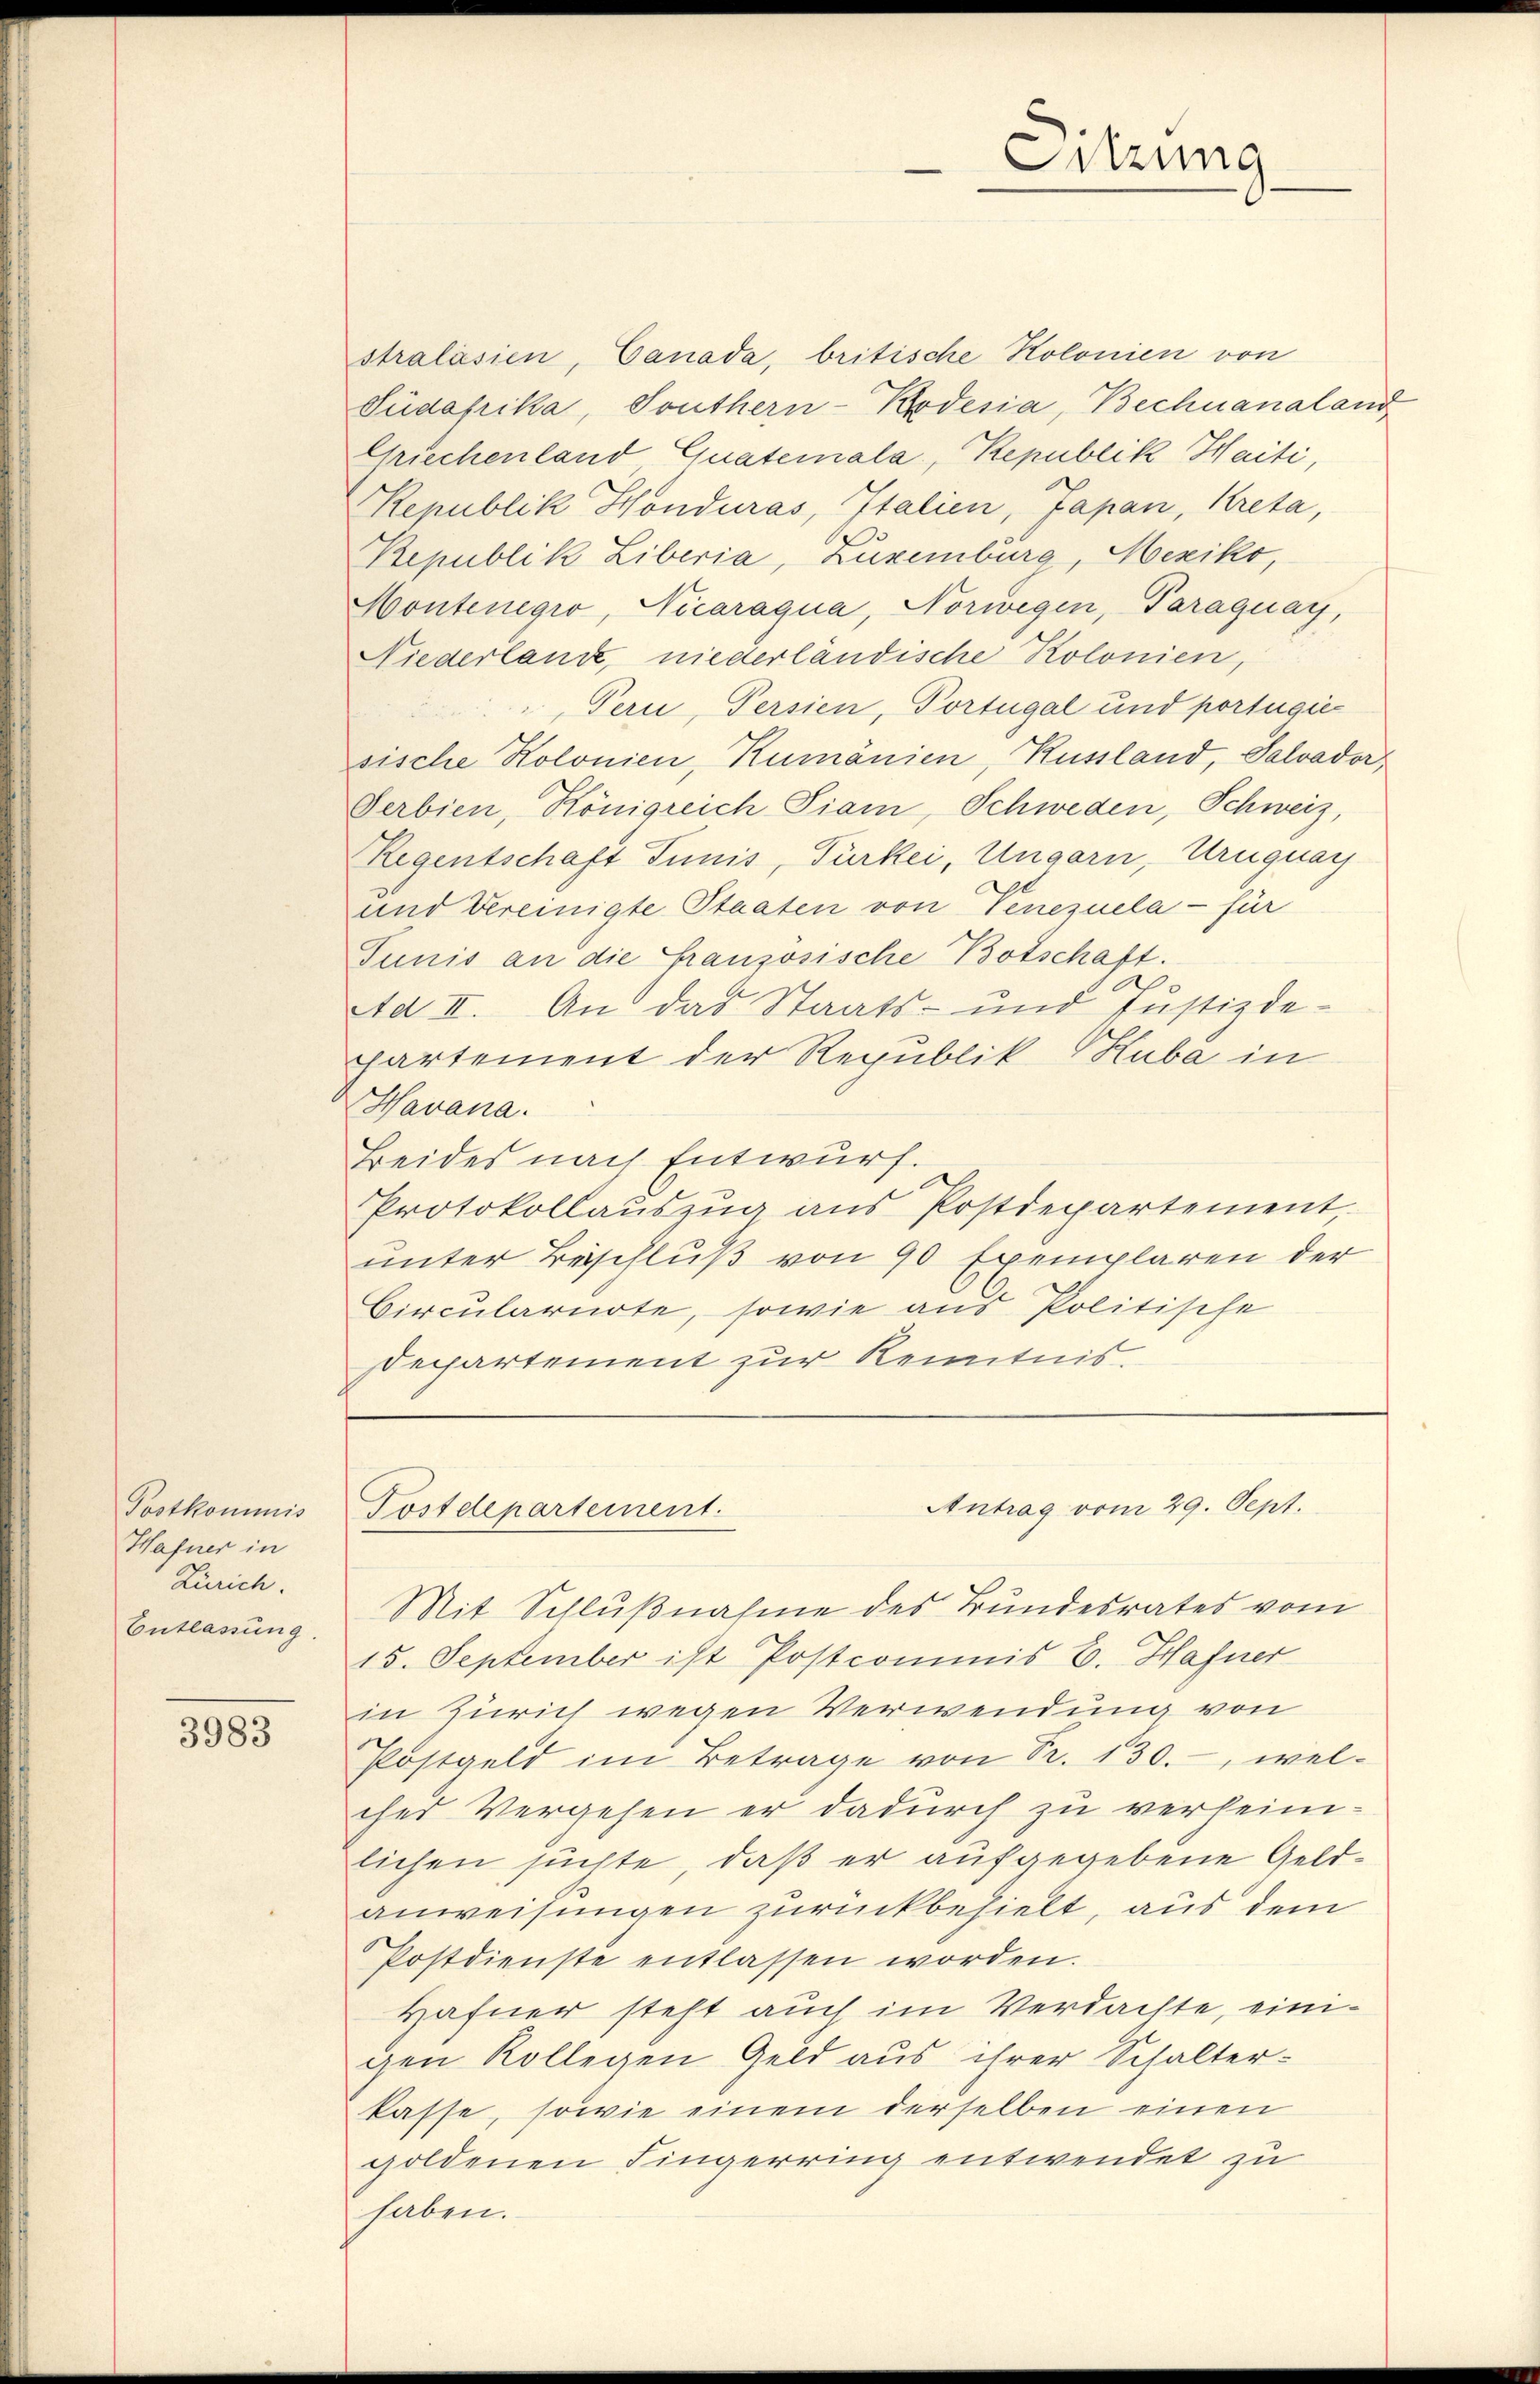
Postkommis
Hafner in
Zürich.
Entlassung.

3983

stralasien, Canada, britische Kolonien von
Südafrika, Southern-Kodesia, Bechnanaland
Griechenland Guatemala, Republik Haiti,
Republik Honduras, Italien, Japan, Kreta,
Republik Liberia, Zuxenburg, Mexiko,
Montenegio, Nicaraqua, Norwegen, Paraguay,
Niederland, niederländische Kolonien,
Pern, Persien, Portugal und portugie
sische Kolonien, Rumanien, Russland, Salvador
Serbien, Königreich Siam, Schweden, Schweiz,
Regentschaft Tunis, Fürkei, Ungarn, Uruguay
und Vereinigte Staaten von Venezuela - für
Tunis an die französische Botschaft.
Ad II. An das Staats- und Justizde-
partement der Republik Kuba in
Havana.
Beides nach Entwurf.
Protokollauszug aus Postdepartement,
unter Beschluß von 90 Exemplaren der
Circularirte, sowie aus Politische
Departement zur Kenntnis.

Mit Schlußnahme des Bundesrates vom
15. September ist Postcommis E. Hafner
in Zürich wegen Verwendung von
Postgeld im Betrage von Fr. 130., welches Vergehen er dadurch zu verheimlichen suchte, daß er aufgegebene Geldanweisungen zurückbehielt, aus dem
Postdienste entlassen worden.
Hafner steht auch im Verdachte, einigen Kollegen Geld aus ihrer Schalterkasse, sowie einem derselben einen
goldenen Fingerring entwendet zu
haben.

Sitzung

Antrag vom 29. Sept.
Postdepartement.